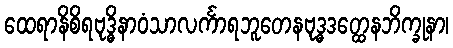
ထေရာနိစိရဗုဒ္ဓိနာဝံသာလင်္ကာရဘူတေနဗုဒ္ဓဒတ္ထေနဘိက္ခုနာ၊